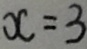
x = 3